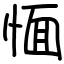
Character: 愐